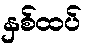
နှစ်ထပ်